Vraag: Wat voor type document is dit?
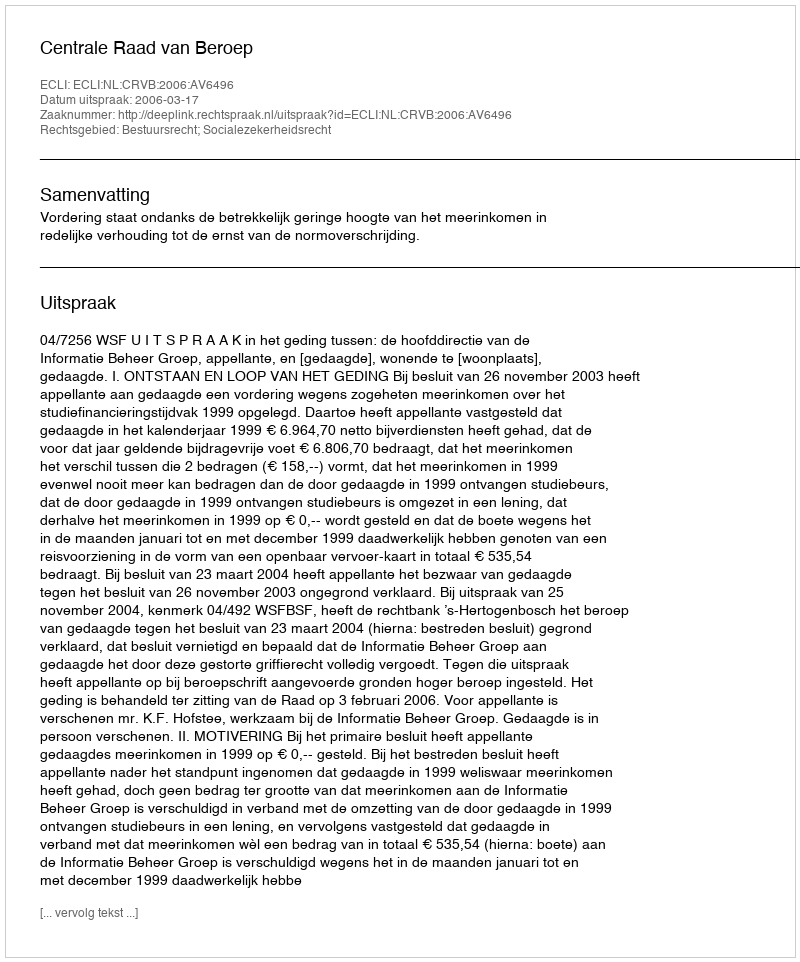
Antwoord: Uitspraak